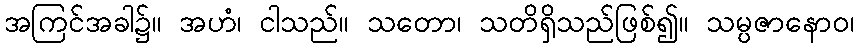
အကြင်အခါ၌။ အဟံ၊ ငါသည်။ သတော၊ သတိရှိသည်ဖြစ်၍။ သမ္ပဇာနောဝ၊